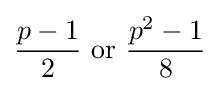
{\frac {p-1}{2}}{\text{ or }}{\frac {p^{2}-1}{8}}